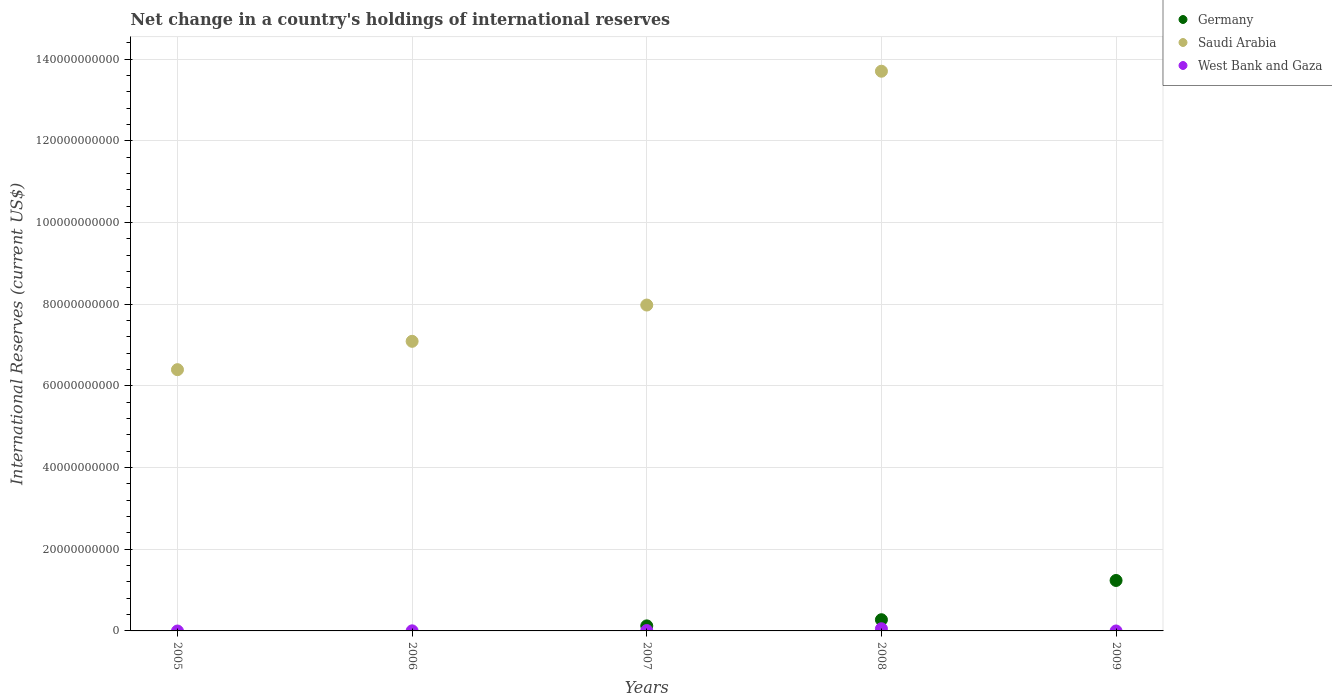
| Years | Germany | Saudi Arabia | West Bank and Gaza |
 | --- | --- | --- | --- |
 | 2005 | -2.6e+09 | 6.4e+10 | -2.56e+07 |
 | 2006 | -3.65e+09 | 7.09e+10 | 2.23e+07 |
 | 2007 | 1.23e+09 | 7.98e+10 | 9.13e+07 |
 | 2008 | 2.74e+09 | 1.37e+11 | 5.34e+08 |
 | 2009 | 1.24e+10 | -3.26e+10 | -1.11e+07 |